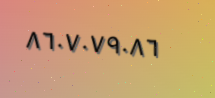
٨٦٠٧٠٧٩٠٨٦